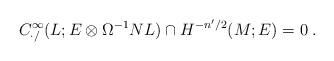
LaTeX: \begin{align*}C^\infty_{{\cdot}/}(L;E\otimes\Omega^{-1}NL)\cap H^{-n'/2}_{}(M;E)=0\;.\end{align*}